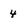
Character: 4